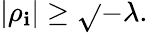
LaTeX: |\rho_{\mathbf{i}}|\geq\sqrt{}{{-\lambda}}.